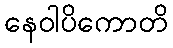
နေဝါပိကောတိ